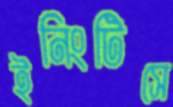
ইনিংটিসে